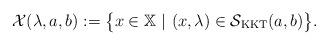
LaTeX: \begin{align*} \mathcal{X}(\lambda,a,b):=\big\{x\in\mathbb{X}\ |\ (x,\lambda)\in\mathcal{S}_{\rm KKT}(a,b)\big\}. \end{align*}